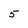
Character: 5